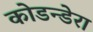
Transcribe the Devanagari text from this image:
कोडन्डेरा